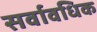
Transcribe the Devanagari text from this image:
सर्वावधिक